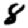
Digit: 8